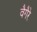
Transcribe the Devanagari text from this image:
वैगैरे